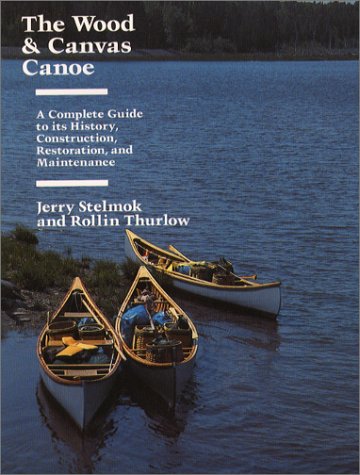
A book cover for The Wood and Canvas Canoe: A Complete Guide to its History, Construction, Restoration and Maintenance; Jerry Stelmok; Sports & Outdoors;